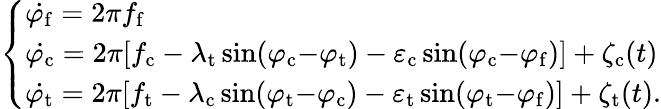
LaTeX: \left\{ \begin{array}{ll}{\dot{\varphi_{\mathrm{f}}}=2\pi f_{\mathrm{f}}}\\ {\dot{\varphi_{\mathrm{c}}}=2\pi[f_{\mathrm{c}}-\lambda_{\mathrm{t}}\sin(\varphi_{\mathrm{c}}\mathrm{-}\varphi_{\mathrm{t}})-\varepsilon_{\mathrm{c}}\sin(\varphi_{\mathrm{c}}\mathrm{-}\varphi_{\mathrm{f}})]+\zeta_{\mathrm{c}}(t)}\\ {\dot{\varphi_{\mathrm{t}}}=2\pi[f_{\mathrm{t}}-\lambda_{\mathrm{c}}\sin(\varphi_{\mathrm{t}}\mathrm{-}\varphi_{\mathrm{c}})-\varepsilon_{\mathrm{t}}\sin(\varphi_{\mathrm{t}}\mathrm{-}\varphi_{\mathrm{f}})]+\zeta_{\mathrm{t}}(t).}\end{array}\right.